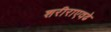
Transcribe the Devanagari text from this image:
शरीराएवढे